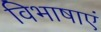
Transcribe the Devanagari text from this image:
विभाषाएं